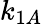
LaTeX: k_{1A}